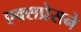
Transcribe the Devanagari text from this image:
एक्सप्रेसने